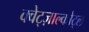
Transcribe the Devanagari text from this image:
क्वेट्ज़ाल्कोट्ल